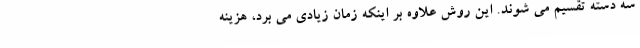
سه دسته تقسیم می شوند. این روش علاوه بر اینکه زمان زیادی می برد، هزینه